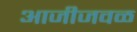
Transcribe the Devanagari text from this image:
आजीजवळ